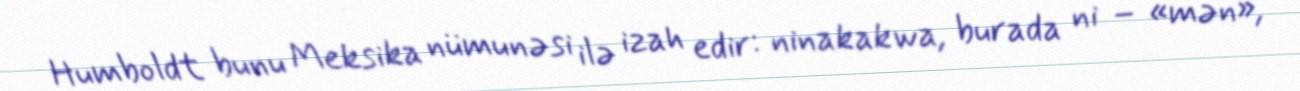
Humboldt bunu Meksika nümunəsi ilə izah edir: ninakakwa, burada ni – «mən»,